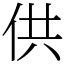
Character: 供